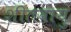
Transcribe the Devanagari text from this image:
शीतवायु